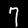
Label: 7